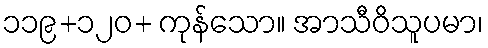
၁၁၉+၁၂၀+ ကုန်သော။ အာသီဝိသူပမာ၊